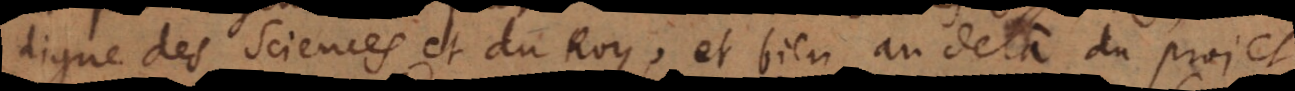
digne des Sciences et du Roy, et bien au delà du projet